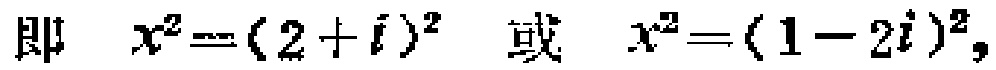
即 \(x^{2}=(2 + i)^{2}\) 或 \(x^{2}=(1 - 2i)^{2}\)